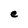
Character: e